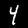
Digit: 4